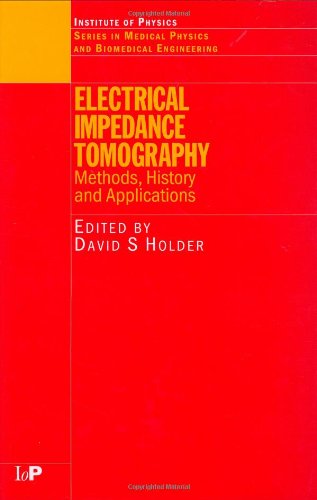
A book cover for Electrical Impedance Tomography: Methods, History and Applications (Series in Medical Physics and Biomedical Engineering); Medical Books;